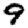
Digit: 9